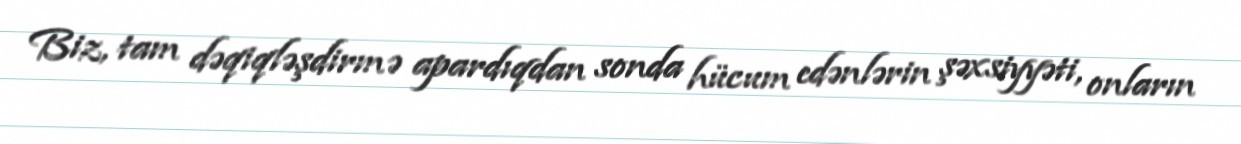
Biz, tam dəqiqləşdirmə apardıqdan sonda hücum edənlərin şəxsiyyəti, onların